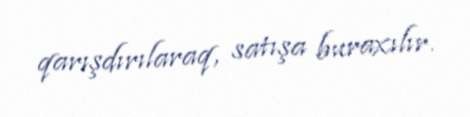
qarışdırılaraq, satışa buraxılır.